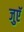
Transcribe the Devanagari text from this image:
जुएॅ